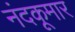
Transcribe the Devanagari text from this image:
नंदकूमार